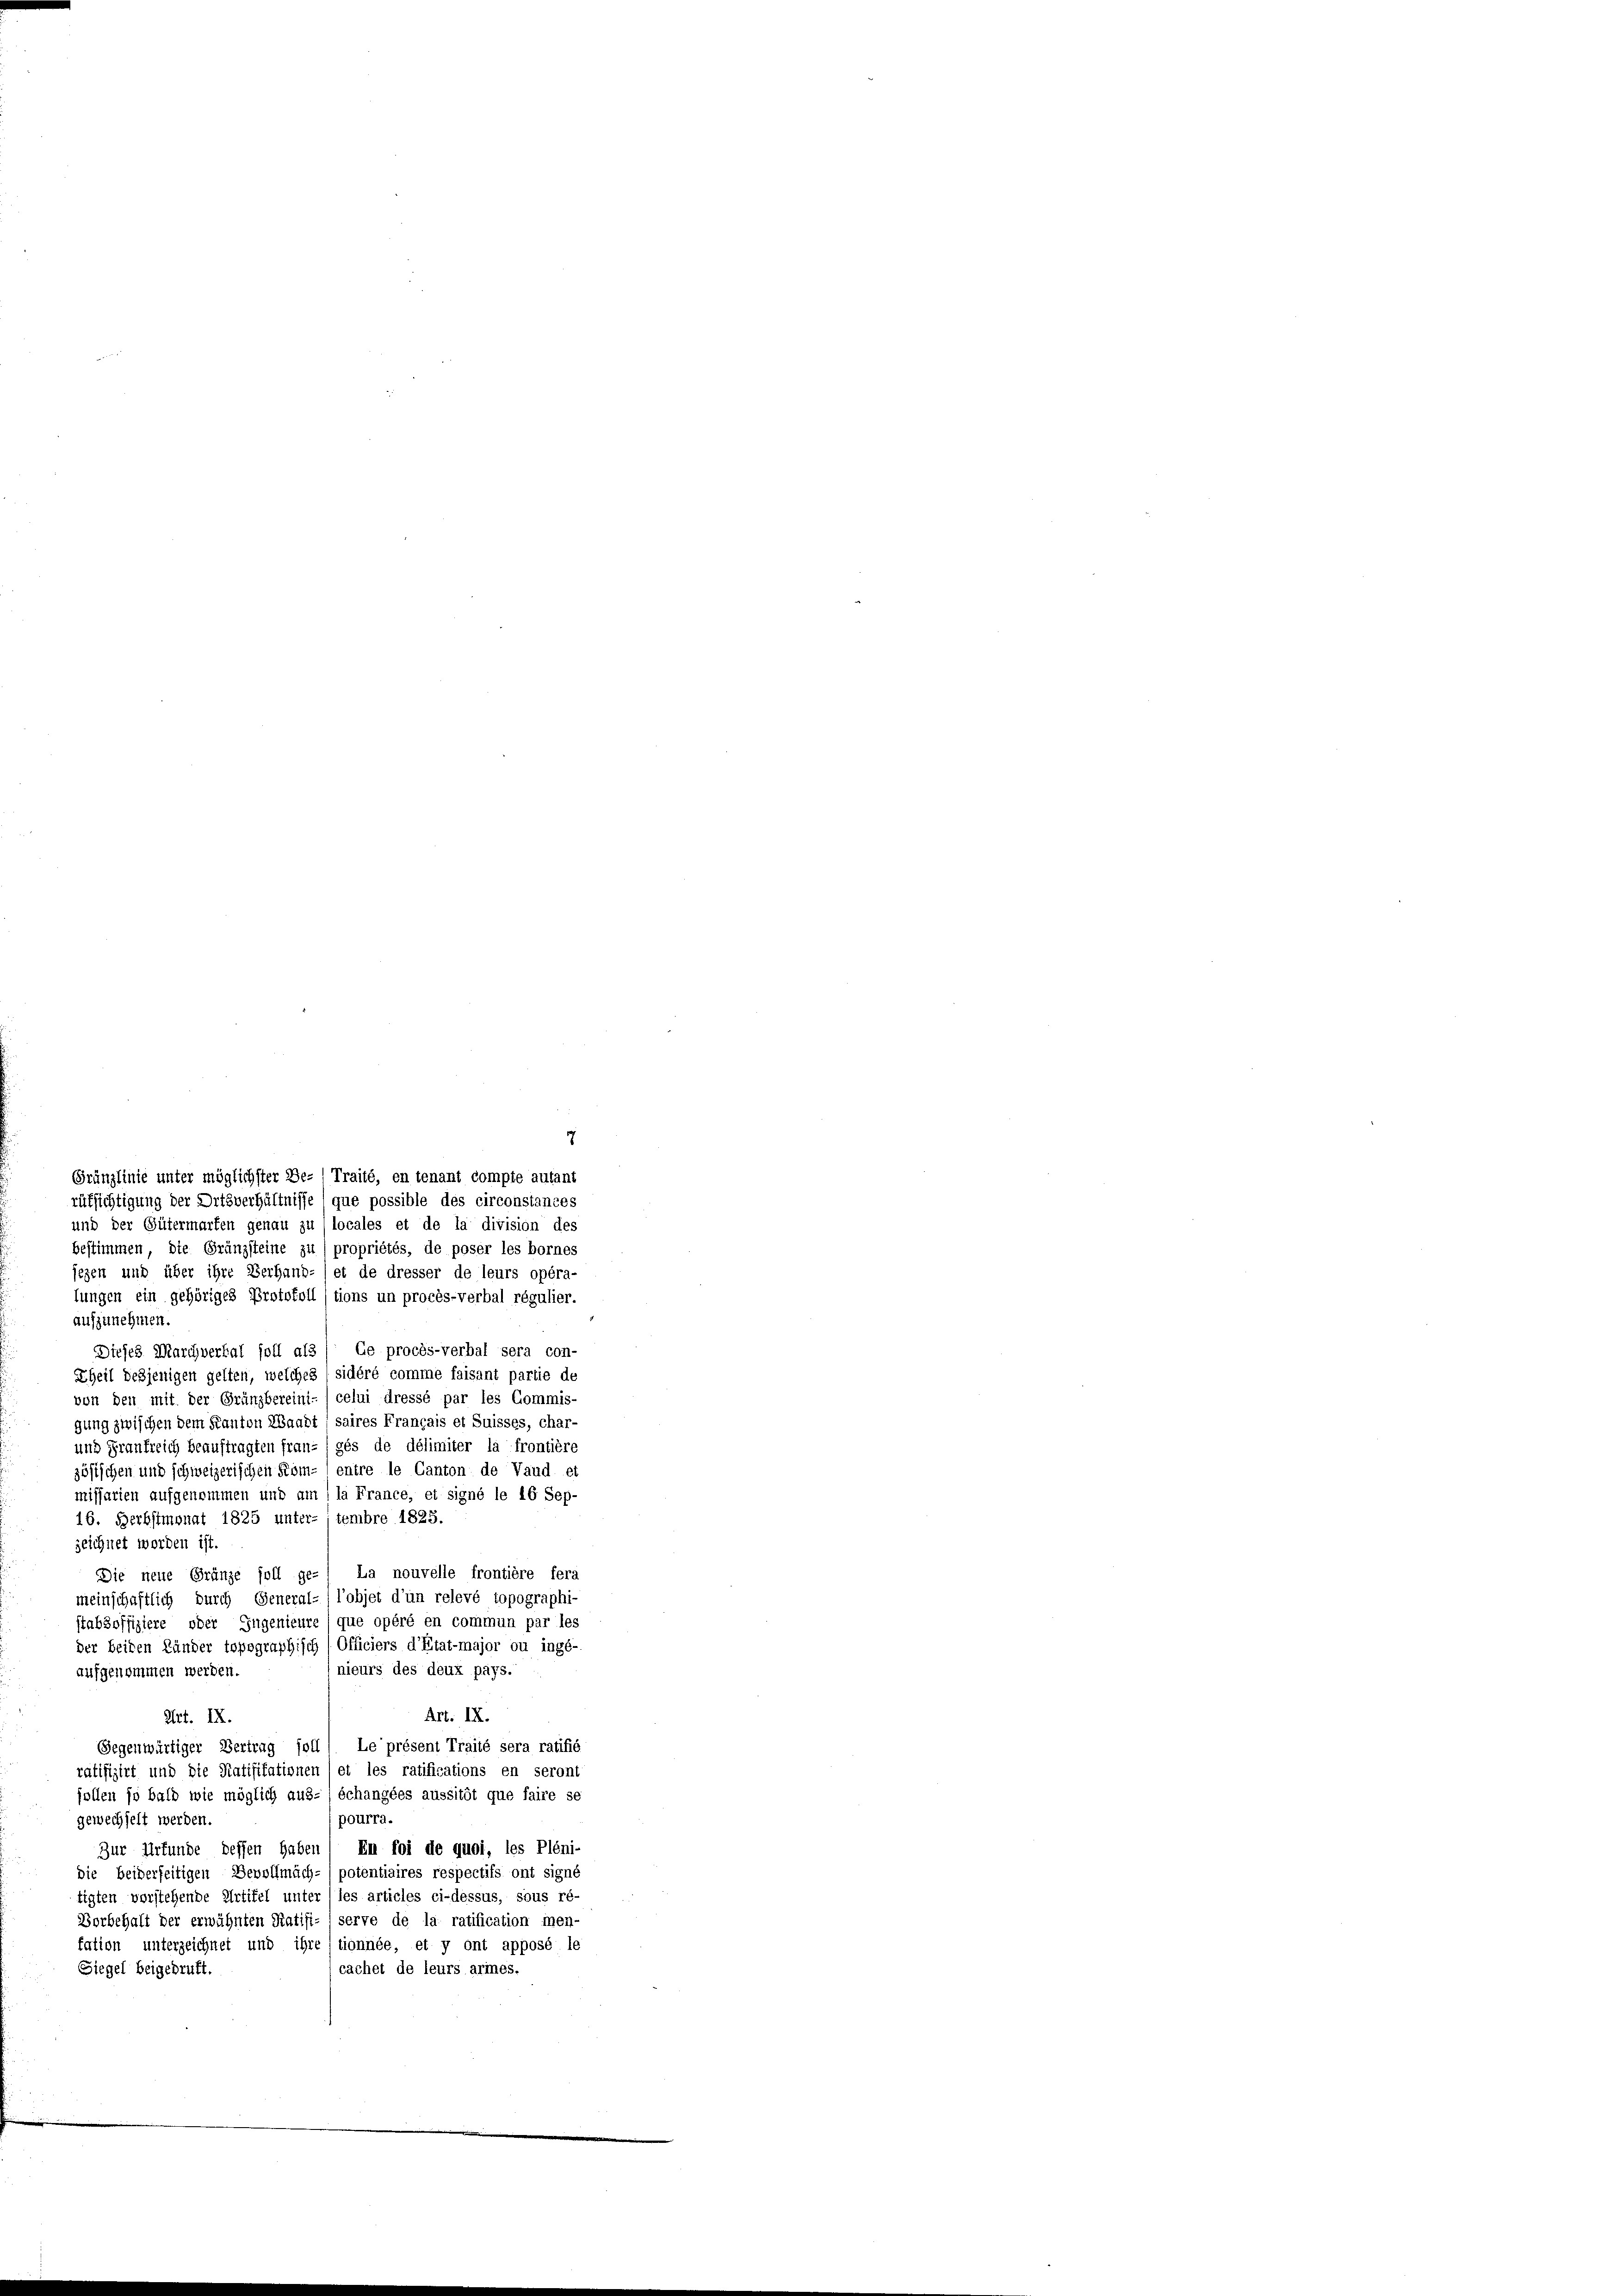
7
Gränzlinie unter möglichster Be- Traité, en tenant compte autant
rüksichtigung der Ortsverhältnisse (que possible des circonstances
und der Gütermarfen genau zu (locales et de la division des
bestimmen, die Gränzsteine zu propriétés, de poser les bornes
jezen und über ihre Verhand-) et de dresser de leurs opéra-
lungen ein gehöriges Protokoll (tions un procès-verbal régulier.
aufzunehmen.
Dieses Marchverhal soll als / Ce procès-verbal sera con-
Theil desjenigen gelten, welches ( sidéré comme faisant partie de
von den mit der Gränzbereini-/ celui dressé par les Commis-
gung zwischen dem Kanton Waadt saires Français et Suisses, char-
und Frankreich beauftragten fran- (ges de délimiter la frontière
zösischen und schweizerischen Kom- (entre le Canton de Vaud et
missarien aufgenommen und am (la France, et signé le 16 Sep-
16. Berbstmonat 1825 unter-tembre 1825.
zeichnet worden ist.
La nouvelle frontière fera
Die neue Gränze soll gemeinschaftlich durch General-) l’objet d’un relevé topographi-
stabsoffiziere oder Ingenieure / que opéré en commun par les
der beiden Länder topographisch (Officiers d’Etat-major ou inge-
nieurs des deux pays.
aufgenommen werden.
Art. IX.
Art. IX.
Le présent Traité sera ratifié
Gegenwärtiger Vertrag soll
ratifizirt und die Ratifikationen (et les ratifications en seront
sollen so bald wie möglich aus- / échangées aussitôt que faire se
gewechselt werden.
pourra.
En foi de quoi, les Pléni-
Zur Urfunde dessen Haber
die beiderseitigen Bevollmäch-/ potentiaires respectifs ont signé
tigten vorstehende Artikel unter (les articles ci-dessus, sous ré-
Borbehalt der erwähnten Ratifi- (serve de la ratification men-
tation unterzeichnet und ihre itionnée, et y ont apposé le
cachet de leurs armes.
Siegel beigebruft.